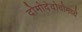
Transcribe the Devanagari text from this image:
दोमोदेदोवोमध्ये